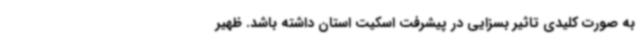
به صورت کلیدی تاثیر بسزایی در پیشرفت اسکیت استان داشته باشد. ظهیر